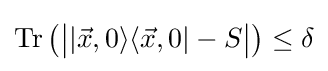
\operatorname {Tr} \left({\big |}|{\vec {x}},0\rangle \langle {\vec {x}},0|-S{\big |}\right)\leq \delta